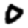
Digit: 0